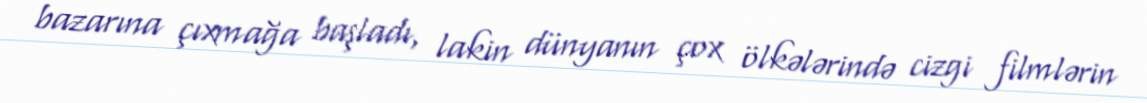
bazarına çıxmağa başladı, lakin dünyanın çox ölkələrində cizgi filmlərin